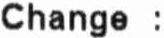
CHANGE :